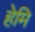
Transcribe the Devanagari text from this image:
हेमि